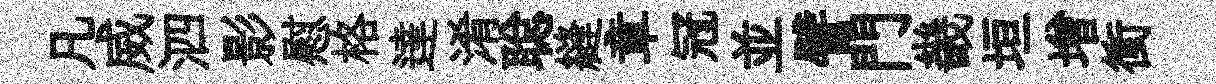
凡威泗影慰格達淆聪縫章冠並譬門畿垣增衝